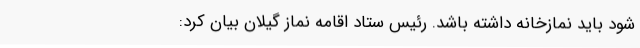
شود باید نمازخانه داشته باشد. رئیس ستاد اقامه نماز گیلان بیان کرد: